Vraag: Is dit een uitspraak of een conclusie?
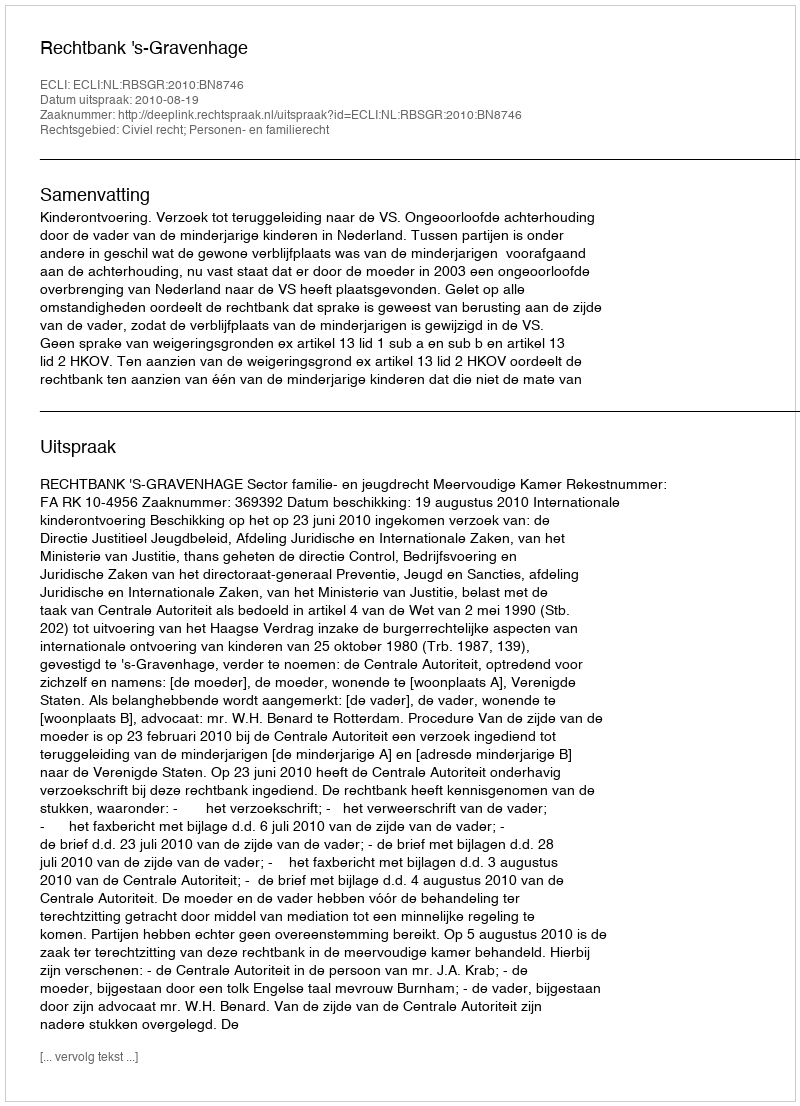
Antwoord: Uitspraak